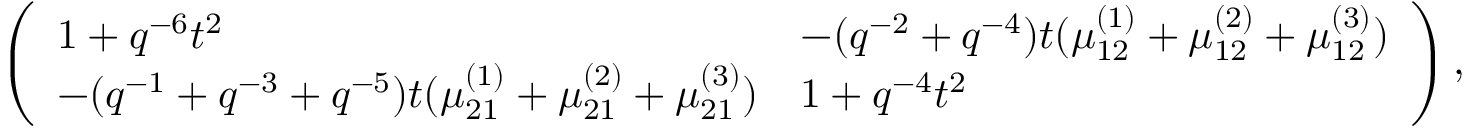
\left( \begin{array} { l l } { 1 + q ^ { - 6 } t ^ { 2 } } & { - ( q ^ { - 2 } + q ^ { - 4 } ) t ( \mu _ { 1 2 } ^ { ( 1 ) } + \mu _ { 1 2 } ^ { ( 2 ) } + \mu _ { 1 2 } ^ { ( 3 ) } ) } \\ { - ( q ^ { - 1 } + q ^ { - 3 } + q ^ { - 5 } ) t ( \mu _ { 2 1 } ^ { ( 1 ) } + \mu _ { 2 1 } ^ { ( 2 ) } + \mu _ { 2 1 } ^ { ( 3 ) } ) } & { 1 + q ^ { - 4 } t ^ { 2 } } \end{array} \right) ,